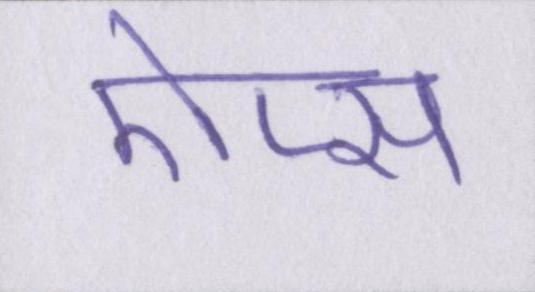
ऐप्स